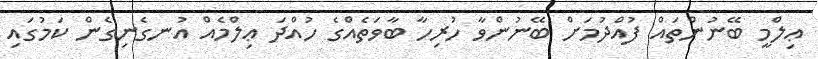
ޢިލްމީ ބޭނުންތައް ފުއްދުމަށް ބޭނުންވާ ހުރިހާ ބާވަތެއްގެ ހުއްދަ ޢިލްމެއް އުނގެނިގެން ކަމުގައި